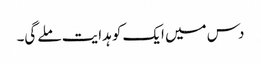
دس میں ایک کو ہدایت ملے گی۔